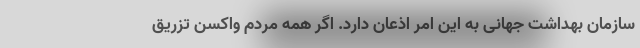
سازمان بهداشت جهانی به این امر اذعان دارد. اگر همه مردم واکسن تزریق